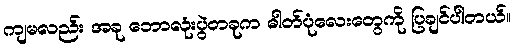
ကျမလည်း အခု ဘောလုံးပွဲတခုက ဓါတ်ပုံလေးတွေကို ပြချင်ပါတယ်။